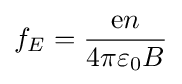
f_{E}={\frac {\mathrm {e} n}{\mathrm {4\pi \varepsilon _{0}} B}}